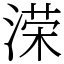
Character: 溁